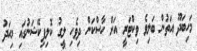
މަހިބަދޫ އަތުން ބަލިވެ ވިކްޓަރީ އަށް ހާސްކަން ދިވެހި ލީގު ކޮލިފިކޭޝަނުގައި މިއަދު